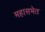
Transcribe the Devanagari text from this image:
महासभेत